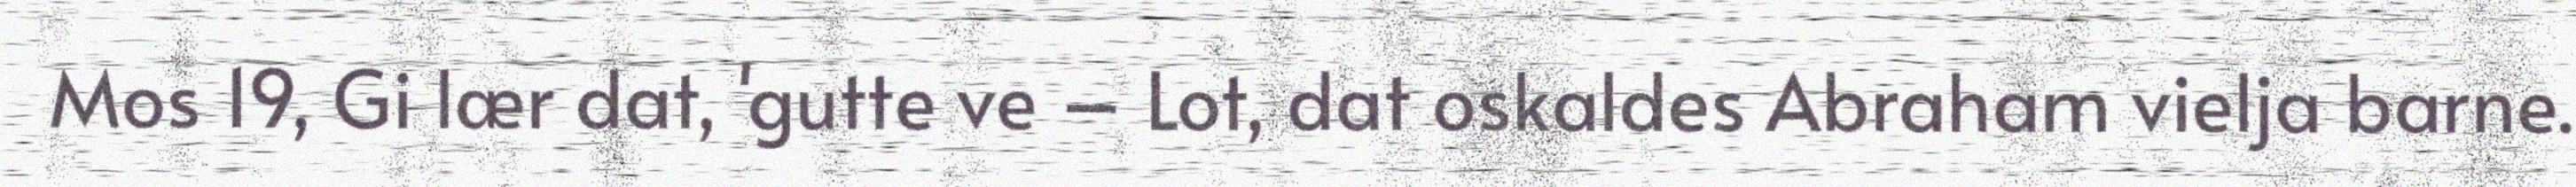
Mos 19, Gi lær dat, 'gutte ve – Lot, dat oskaldes Abraham vielja barne.